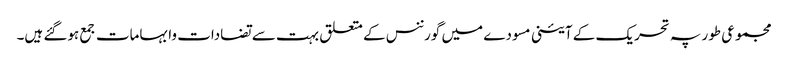
مجموعی طور پہ تحریک کے آئینی مسودے میں گورننس کے متعلق بہت سے تضادات وابہامات جمع ہوگئے ہیں۔